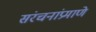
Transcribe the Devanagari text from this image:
संरचनांप्रमाणे